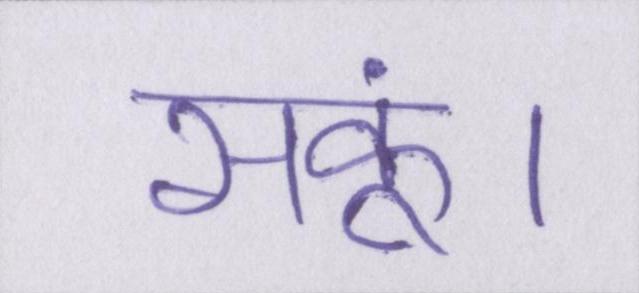
सकूं।